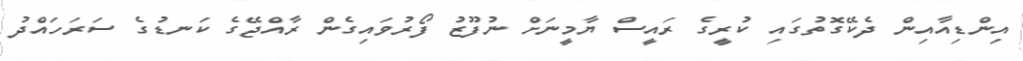
އިންޑިއާއިން ދެކޭގޮތުގައި ކުރީގެ ރައީސް ޔާމީނަށް ނުފޫޒު ފޯރުވައިގެން ރާއްޖޭގެ ކަނޑުގެ ސަރަހައްދު